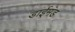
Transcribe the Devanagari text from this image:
डाईमंड